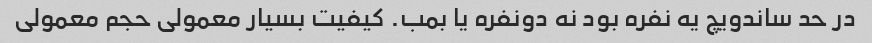
در‌ حد ساندویچ یه نفره بود نه دونفره یا بمب. کیفیت بسیار معمولی حجم معمولی